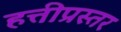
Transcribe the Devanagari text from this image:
हत्तीप्रस्तर